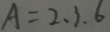
A = 2 . 3 . 6